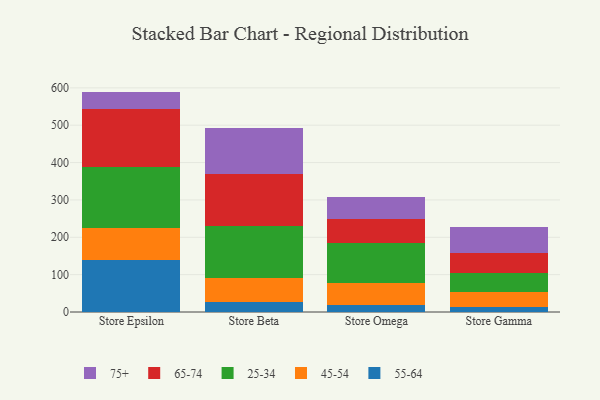
{"axis": {"x": "Store", "y": "Latency (ms)"}, "legend": ["25-34", "45-54", "55-64", "65-74", "75+"], "data": [{"x": "Store Epsilon", "y": 140.3, "type": "55-64"}, {"x": "Store Epsilon", "y": 85.7, "type": "45-54"}, {"x": "Store Epsilon", "y": 163.1, "type": "25-34"}, {"x": "Store Epsilon", "y": 154.9, "type": "65-74"}, {"x": "Store Epsilon", "y": 45.9, "type": "75+"}, {"x": "Store Beta", "y": 27.5, "type": "55-64"}, {"x": "Store Beta", "y": 63.6, "type": "45-54"}, {"x": "Store Beta", "y": 137.8, "type": "25-34"}, {"x": "Store Beta", "y": 139.2, "type": "65-74"}, {"x": "Store Beta", "y": 123.5, "type": "75+"}, {"x": "Store Omega", "y": 18.4, "type": "55-64"}, {"x": "Store Omega", "y": 59.9, "type": "45-54"}, {"x": "Store Omega", "y": 105.1, "type": "25-34"}, {"x": "Store Omega", "y": 64.9, "type": "65-74"}, {"x": "Store Omega", "y": 60.1, "type": "75+"}, {"x": "Store Gamma", "y": 12.2, "type": "55-64"}, {"x": "Store Gamma", "y": 42.3, "type": "45-54"}, {"x": "Store Gamma", "y": 50.0, "type": "25-34"}, {"x": "Store Gamma", "y": 54.2, "type": "65-74"}, {"x": "Store Gamma", "y": 69.7, "type": "75+"}]}